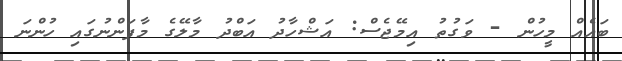
ބައެއް މީހުން - ވަގުތު އިމޭޖެސް: އަޝްހާދު އަބްދު މާލޭގެ މާފަންނުގައި ހުންނަ